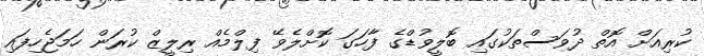
ކުރިއަށް އޮތް ދުވަސްތަކުގައި ބޮލީވުޑްގެ ފާހަގަ ކޮށްލެވޭ ފިލްމެއް ރިލީޒް ކުރަން ހަމަޖެހިފައި